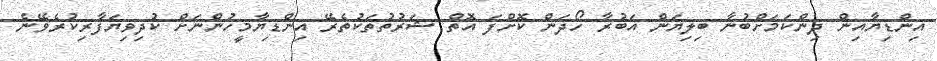
އިންޑިޔާއިން ދިންކަމަށްބުނާ ބިލިޔަން އަބުރާ ހޯދަން ކޮށްފަ އޮތް ޝަރުތުތަކުތެރޭ އިންޑިޔާމީހުންނަށް ކުދިވިޔަފާރިކުރެވޭނެ